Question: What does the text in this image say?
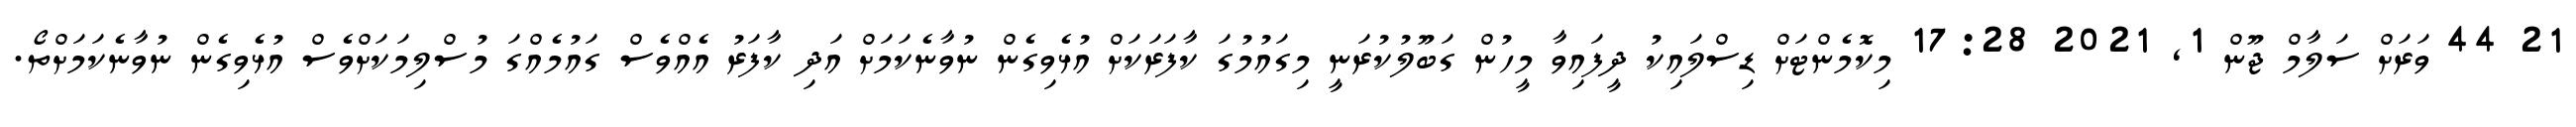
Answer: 21 44 ވަރަށް ސަލާމް ޖޫން 1, 2021 17:28 މިކޮމެންޓަށް ޑިސްލައިކު ދީފައިވާ މީހުން ގަބޫލުކުރަނީ މިގައުމުގަ ކާފަރަކަށް އުޅެވިގެން ނުވާނެކަމަށް އަދި ކާފަރު އެއްވެސް ގައުމެއްގަ މުސްލިމަކަށްވެސް އުޅެވިގެން ނުވާނެކަމަށްތޯ.